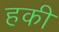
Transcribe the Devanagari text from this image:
हकी